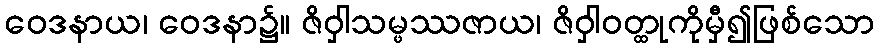
ဝေဒနာယ၊ ဝေဒနာ၌။ ဇိဝှါသမ္ဖဿဇာယ၊ ဇိဝှါဝတ္ထုကိုမှီ၍ဖြစ်သော